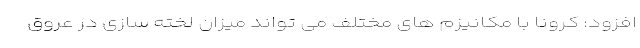
افزود: کرونا با مکانیزم های مختلف می تواند میزان لخته سازی در عروق